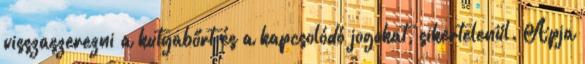
visszaszerezni a kutyabőrt és a kapcsolódó jogokat, sikertelenül. Apja